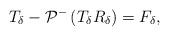
LaTeX: \begin{align*}T_{\delta}-\mathcal{P}^-\left(T_{\delta} R_{\delta}\right)=F_{\delta},\end{align*}